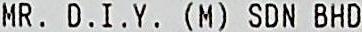
MR. D.I.Y. (M) SDN BHD